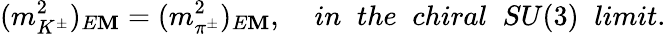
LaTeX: (m_{K^{\pm}}^{2})_{E\mathbf{M}}=(m_{\pi^{\pm}}^{2})_{E\mathbf{M}},\; \; \; \; {in\; \; the\; \; chiral\; \; SU(3)\; \; limit.}